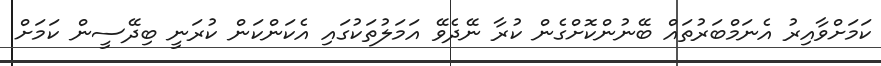
ކަމަށްވާއިރު އެނަމްބަރުތައް ބޭނުންކޮށްގެން ކުރާ ނޭދެވޭ އަމަލުތަކުގައި އެކަންކަން ކުރަނީ ބިދޭސީން ކަމަށް